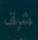
شرق